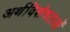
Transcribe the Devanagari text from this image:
अर्थविशेषताओं